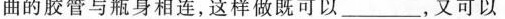
曲的胶管与瓶身相连，这样做既可以____，又可以___。